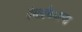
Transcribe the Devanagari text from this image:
देसाईंमधल्या